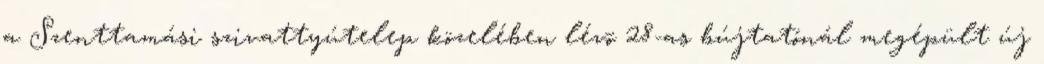
a Szenttamási szivattyútelep közelében lévõ 28-as bújtatónál megépült új